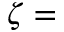
\zeta =